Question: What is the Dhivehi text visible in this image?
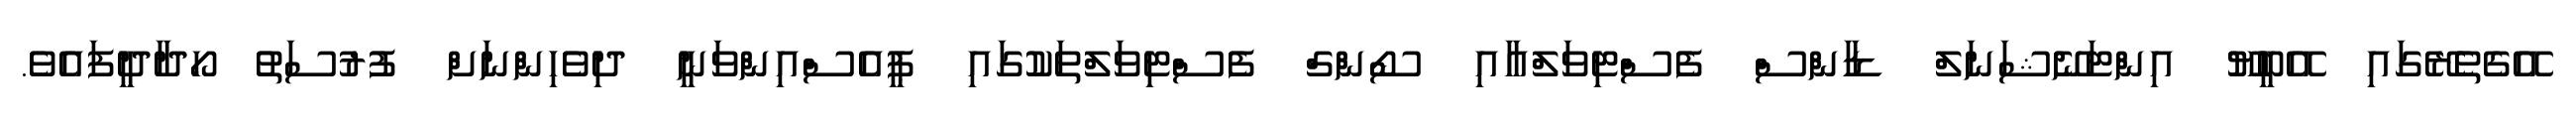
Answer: އޭގެތެރޭގައި އޭބީޔޫ އިންޓަނޭޝަނަލް ޑާންސް ފެސްޓިވަލްއާއި ސޯންގް ފެސްޓިވަލްތަކުގައި ޕީއެސްއިންވަނީ ދިވެހިންނަށް ފުރުސަތު ހޯދާދީފައެވެ.